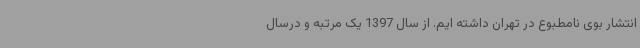
انتشار بوی نامطبوع در تهران داشته ایم. از سال 1397 یک مرتبه و درسال